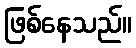
ဖြစ်နေသည်။